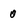
Character: 0